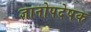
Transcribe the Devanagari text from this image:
ज्ञानोपदेषक